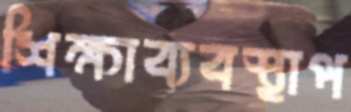
শিক্ষাব্যবস্থাপ